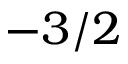
- 3 / 2